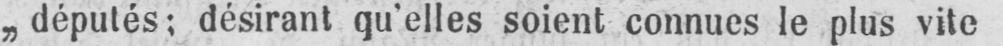
„députés; désirant qu’elles soient connues le plus vite